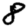
Digit: 8